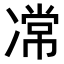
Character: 𭂝